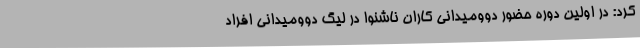
کرد: در اولین دوره حضور دوومیدانی کاران ناشنوا در لیگ دوومیدانی افراد